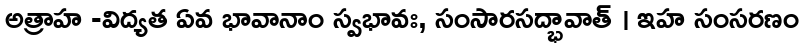
అత్రాహ -విద్యత ఏవ భావానాం స్వభావః, సంసారసద్భావాత్ । ఇహ సంసరణం